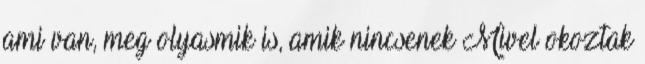
ami van, meg olyasmik is, amik nincsenek Mivel okoztak